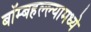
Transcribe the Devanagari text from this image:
बॉम्बहल्ल्यामध्ये